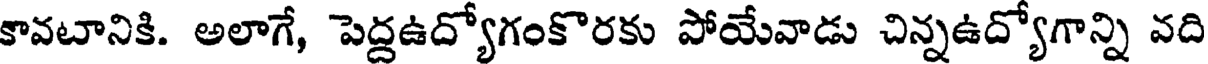
కావటానికి. అలాగే, పెద్దఉద్యోగంకొరకు పోయేవాడు చిన్నఉద్యోగాన్ని వది